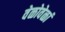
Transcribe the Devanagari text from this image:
वेळोवेळां